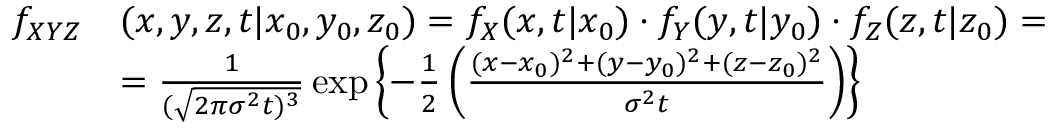
\begin{array} { r l } { f _ { X Y Z } } & { ( x , y , z , t \vert x _ { 0 } , y _ { 0 } , z _ { 0 } ) = f _ { X } ( x , t \vert x _ { 0 } ) \cdot f _ { Y } ( y , t \vert y _ { 0 } ) \cdot f _ { Z } ( z , t \vert z _ { 0 } ) = } \\ & { = \frac { 1 } { ( \sqrt { 2 \pi \sigma ^ { 2 } t ) ^ { 3 } } } \exp \left\lbrace - \frac { 1 } { 2 } \left( \frac { ( x - x _ { 0 } ) ^ { 2 } + ( y - y _ { 0 } ) ^ { 2 } + ( z - z _ { 0 } ) ^ { 2 } } { \sigma ^ { 2 } t } \right) \right\rbrace } \end{array}